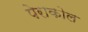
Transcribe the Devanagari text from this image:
पेराकोल